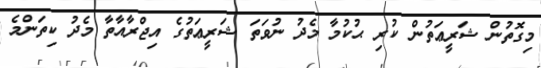
މިގޮތުން ޝަރީޢަތުން ކުރި ޙުކުމާ މެދު ނުވަތަ ޝަރީޢަތުގެ އިޖްރާއާތާ މެދު ކިތަންމެ